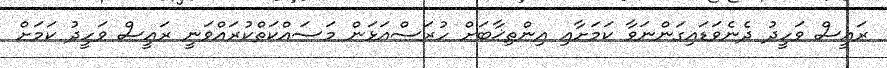
ރައީސް ވަހީދު ދެނެވަޑައިގަންނަވާ ކަމަށާއި އިންތިޚާބަށް ހުރަސްއަޅަން މަސައްކަތްކުރައްވަނީ ރައީސް ވަހީދު ކަމަށް